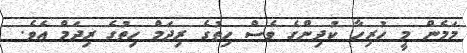
މަމެން މީ ހުރިހާ ކުދިންގެ ވެސް ހިތުގެ ރިދަމް ހިތުގެ ރިދަމް އެވެ.